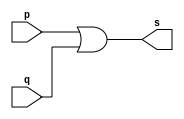
// -------------------------
// Exemplo0004 - OR
// Nome: Victor Raphael Machado de Amorim
// -------------------------

// -------------------------
// -- or gate
// -------------------------
module orgate ( output s,
					input p, q);
 assign s = p | q;
endmodule // orgate

// ---------------------
// -- test or gate
// ---------------------
module testorgate;
// ------------------------- dados locais
	reg a, b; // definir registradores
	wire s; // definir conexao (fio)
// ------------------------- instancia
	orgate OR1 (s, a, b);
// ------------------------- preparacao
	initial begin:start
					// atribuicao simultanea
					// dos valores iniciais
		a=0; b=0;
	end	
// ------------------------- parte principal

	initial begin
		$display("Exemplo0004 - Victor Raphael Machado de Amorim - 420147");
		$display("Test OR gate");
		$display("\na & b = s\n");
		 a=0; b=0;
 #1 $display("%b & %b = %b", a, b, s);
		 a=0; b=1;
 #1 $display("%b & %b = %b", a, b, s);
		 a=1; b=0;
 #1 $display("%b & %b = %b", a, b, s);
		 a=1; b=1;
 #1 $display("%b & %b = %b", a, b, s);
 end

endmodule // testorgate